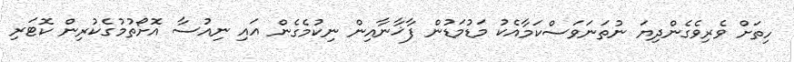
ހިތަށް ވެރިވެގެންދިޔަ ނުތަނަވަސްކަމާއެކު މަޑުމަޑުން ފާޚާނާއިން ނިކުމެގެން އައި ނިއުސާ އޮށޯތުމުގެކުރިން ކޮޓަރި